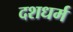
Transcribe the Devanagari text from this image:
दशधर्म